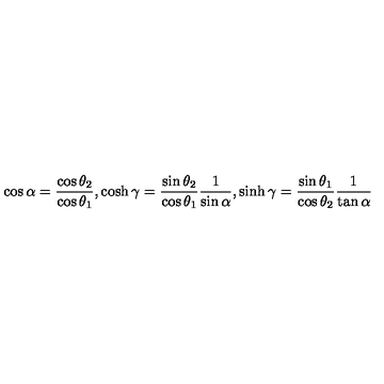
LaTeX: \cos \alpha = \frac { \cos \theta _ { 2 } } { \cos \theta _ { 1 } } , \cosh \gamma = \frac { \sin \theta _ { 2 } } { \cos \theta _ { 1 } } \frac { 1 } { \sin \alpha } , \sinh \gamma = \frac { \sin \theta _ { 1 } } { \cos \theta _ { 2 } } \frac { 1 } { \tan \alpha }